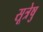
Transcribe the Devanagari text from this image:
सूत्रेषु